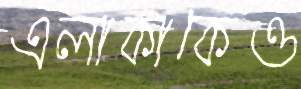
এলাকাকেও